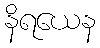
နိရယေန